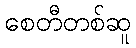
စေတီတစ်ဆူ